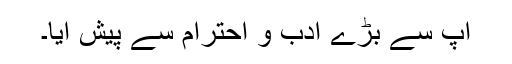
آپؐ سے بڑے ادب و احترام سے پیش آیا۔